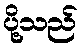
ပို့သည်